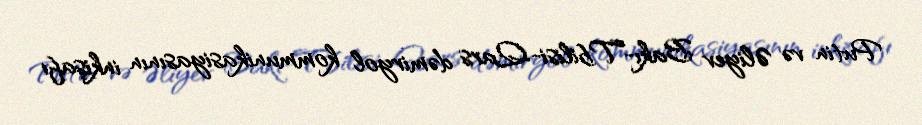
Putin və Əliyev Bakı-Tbilisi-Qars dəmiryol kommunikasiyasının inkişafı